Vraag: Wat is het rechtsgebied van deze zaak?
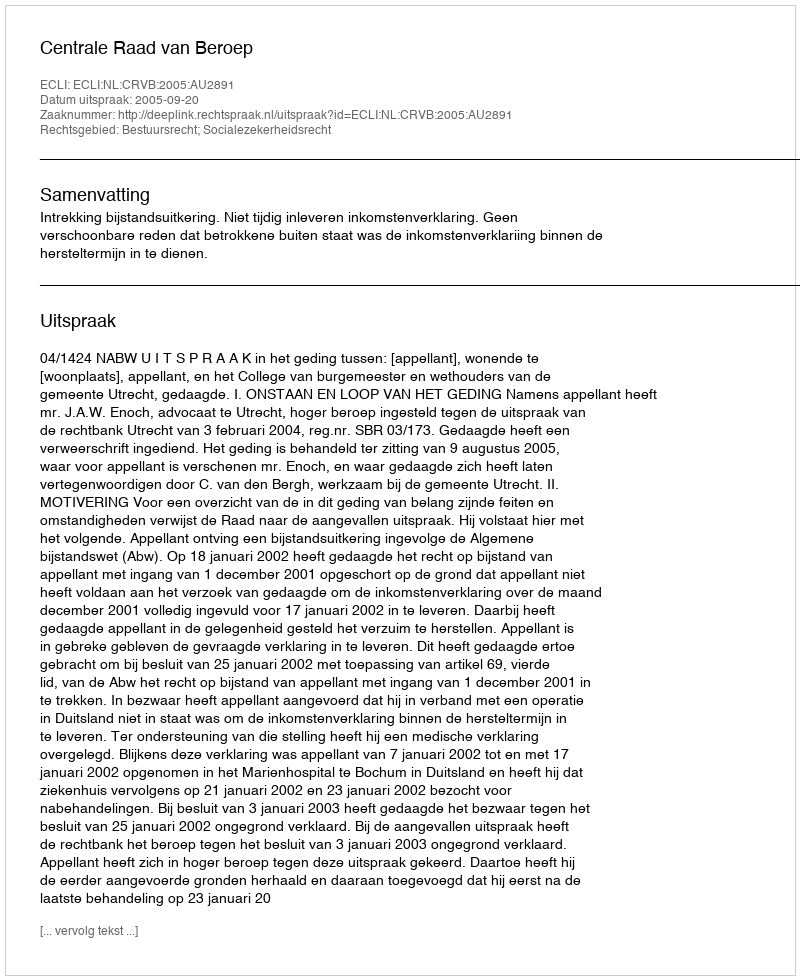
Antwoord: Bestuursrecht; Socialezekerheidsrecht